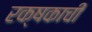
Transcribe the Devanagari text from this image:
रक्षकाची